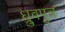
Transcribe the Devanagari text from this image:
ध्रुवपुत्र